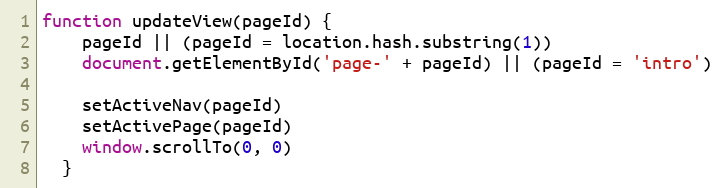
Language: JavaScript
function updateView(pageId) {
    pageId || (pageId = location.hash.substring(1))
    document.getElementById('page-' + pageId) || (pageId = 'intro')

    setActiveNav(pageId)
    setActivePage(pageId)
    window.scrollTo(0, 0)
  }